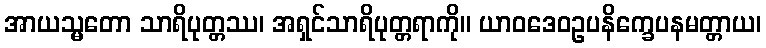
အာယသ္မတော သာရိပုတ္တဿ၊ အရှင်သာရိပုတ္တရာကို။ ယာဝဒေဝဥပနိက္ခေပနမတ္တာယ၊